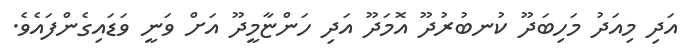
އަދި މިއަދު މަހިބަދޫ ކުނބުރުދޫ އޮމަދޫ އަދި ހަންޏާމީދޫ އަށް ވަނީ ވަޑައިގެންފައެވެ.